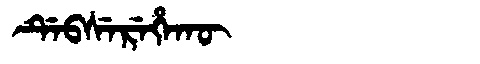
Manchu: ᡩᡝᠪᠰᡝᡵᡝᡥᠠᡴᡡ
Romanization: DEBSEREHAKŪ